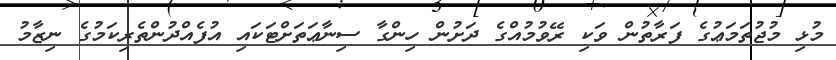
މުޅި މުޖުތަމަޢުގެ ފަރާތުން ވަކި ރޭވުމުއްގެ ދަށުން ހިންގާ ސިނާޢަތަށްޓަކައި އުފެއްދުންތެރިކަމުގެ ނިޒާމު